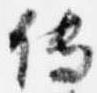
伝